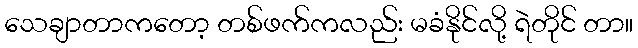
သေချာတာကတော့ တစ်ဖက်ကလည်း မခံနိုင်လို့ ရဲတိုင် တာ။